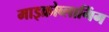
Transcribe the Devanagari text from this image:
माइक्रोब्लागिंग